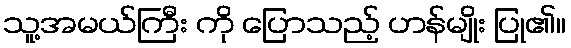
သူ့အမယ်ကြီး ကို ပြောသည့် ဟန်မျိုး ပြု၏။